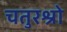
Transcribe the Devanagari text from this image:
चतुरश्रो